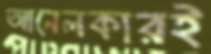
আনেলকারই